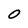
Character: 0